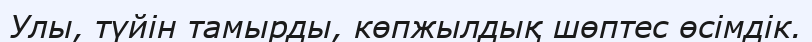
Улы, түйін тамырды, көпжылдық шөптес өсімдік.